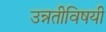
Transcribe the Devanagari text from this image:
उन्नतीविषयी